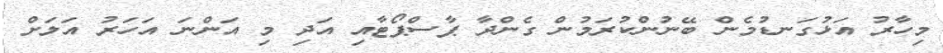
މިހާރު އަޅުގަނޑުމެން ބޭނުންކުރަމުން ގެންދާ ޕާސްޕޯޓާއި އަދި މި އަންނަ އަހަރު އަލަށް